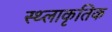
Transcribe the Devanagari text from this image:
स्थ्लाकृतिक